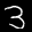
Label: 3